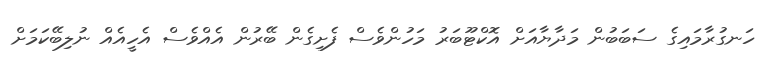
ހަނގުރާމައިގެ ސަބަބުން މަދާޔާއަށް އޮކްޓޫބަރު މަހުންވެސް ފެށިގެން ބޭރުން އެއްވެސް އެހީއެއް ނުލިބޭކަމަށް